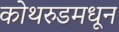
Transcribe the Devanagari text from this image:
कोथरुडमधून